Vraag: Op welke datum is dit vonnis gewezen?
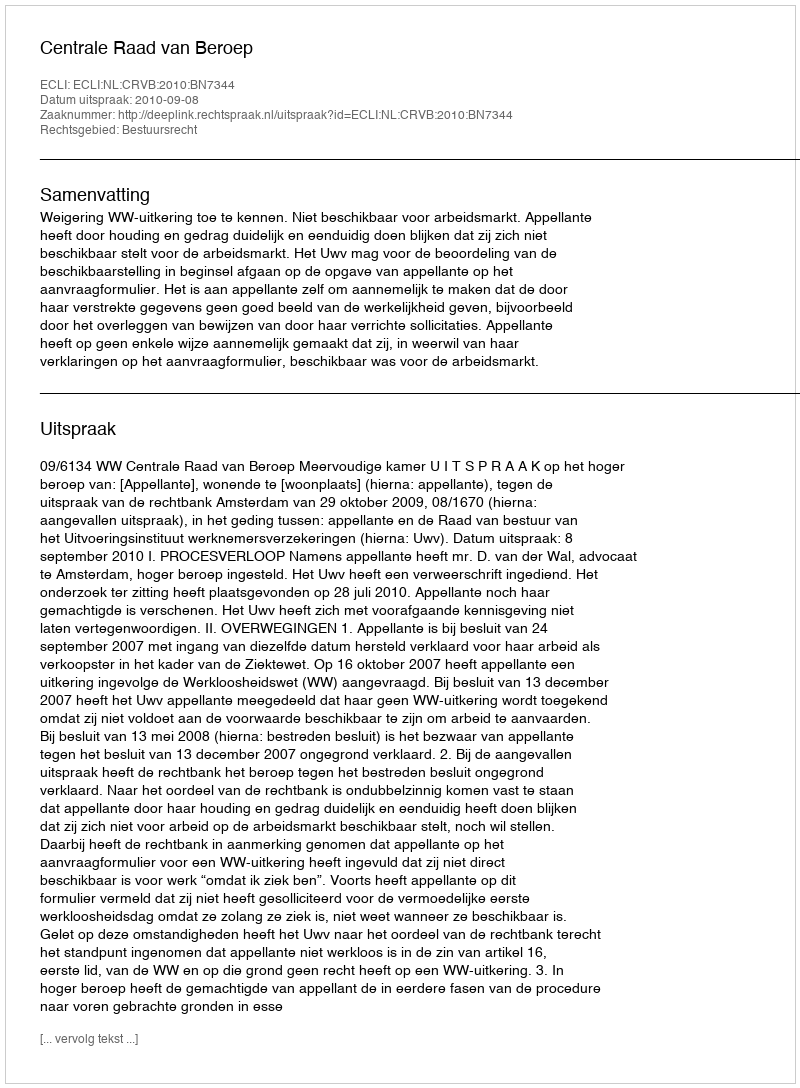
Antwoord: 2010-09-08